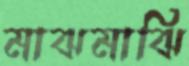
মাঝমাঝি